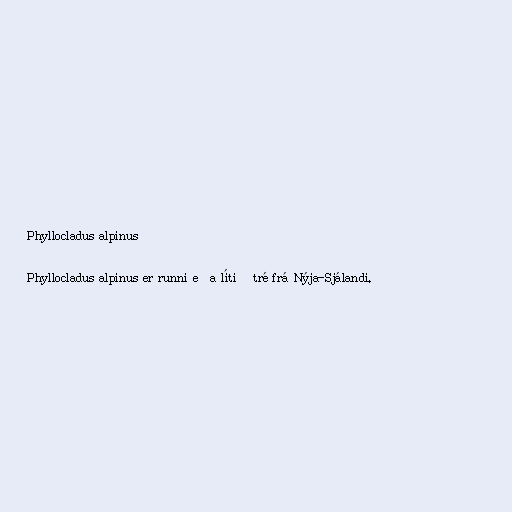
Phyllocladus alpinus

Phyllocladus alpinus er runni eða lítið tré frá Nýja-Sjálandi.